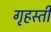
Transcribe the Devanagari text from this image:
गृहस्ती